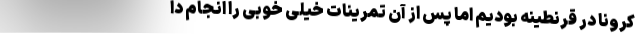
کرونا در قرنطینه بودیم اما پس از آن تمرینات خیلی خوبی را انجام دا